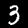
Digit: 3